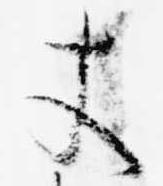
丈